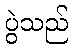
ပွဲသည်